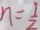
n = \frac { 1 } { 2 }